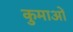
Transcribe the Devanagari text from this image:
कुमाओं